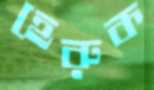
হেরুক